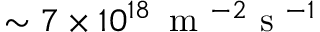
\sim 7 \times 1 0 ^ { 1 8 } \, \mathrm { ~ m ~ } ^ { - 2 } \mathrm { ~ s ~ } ^ { - 1 }